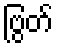
ဗြွတ်